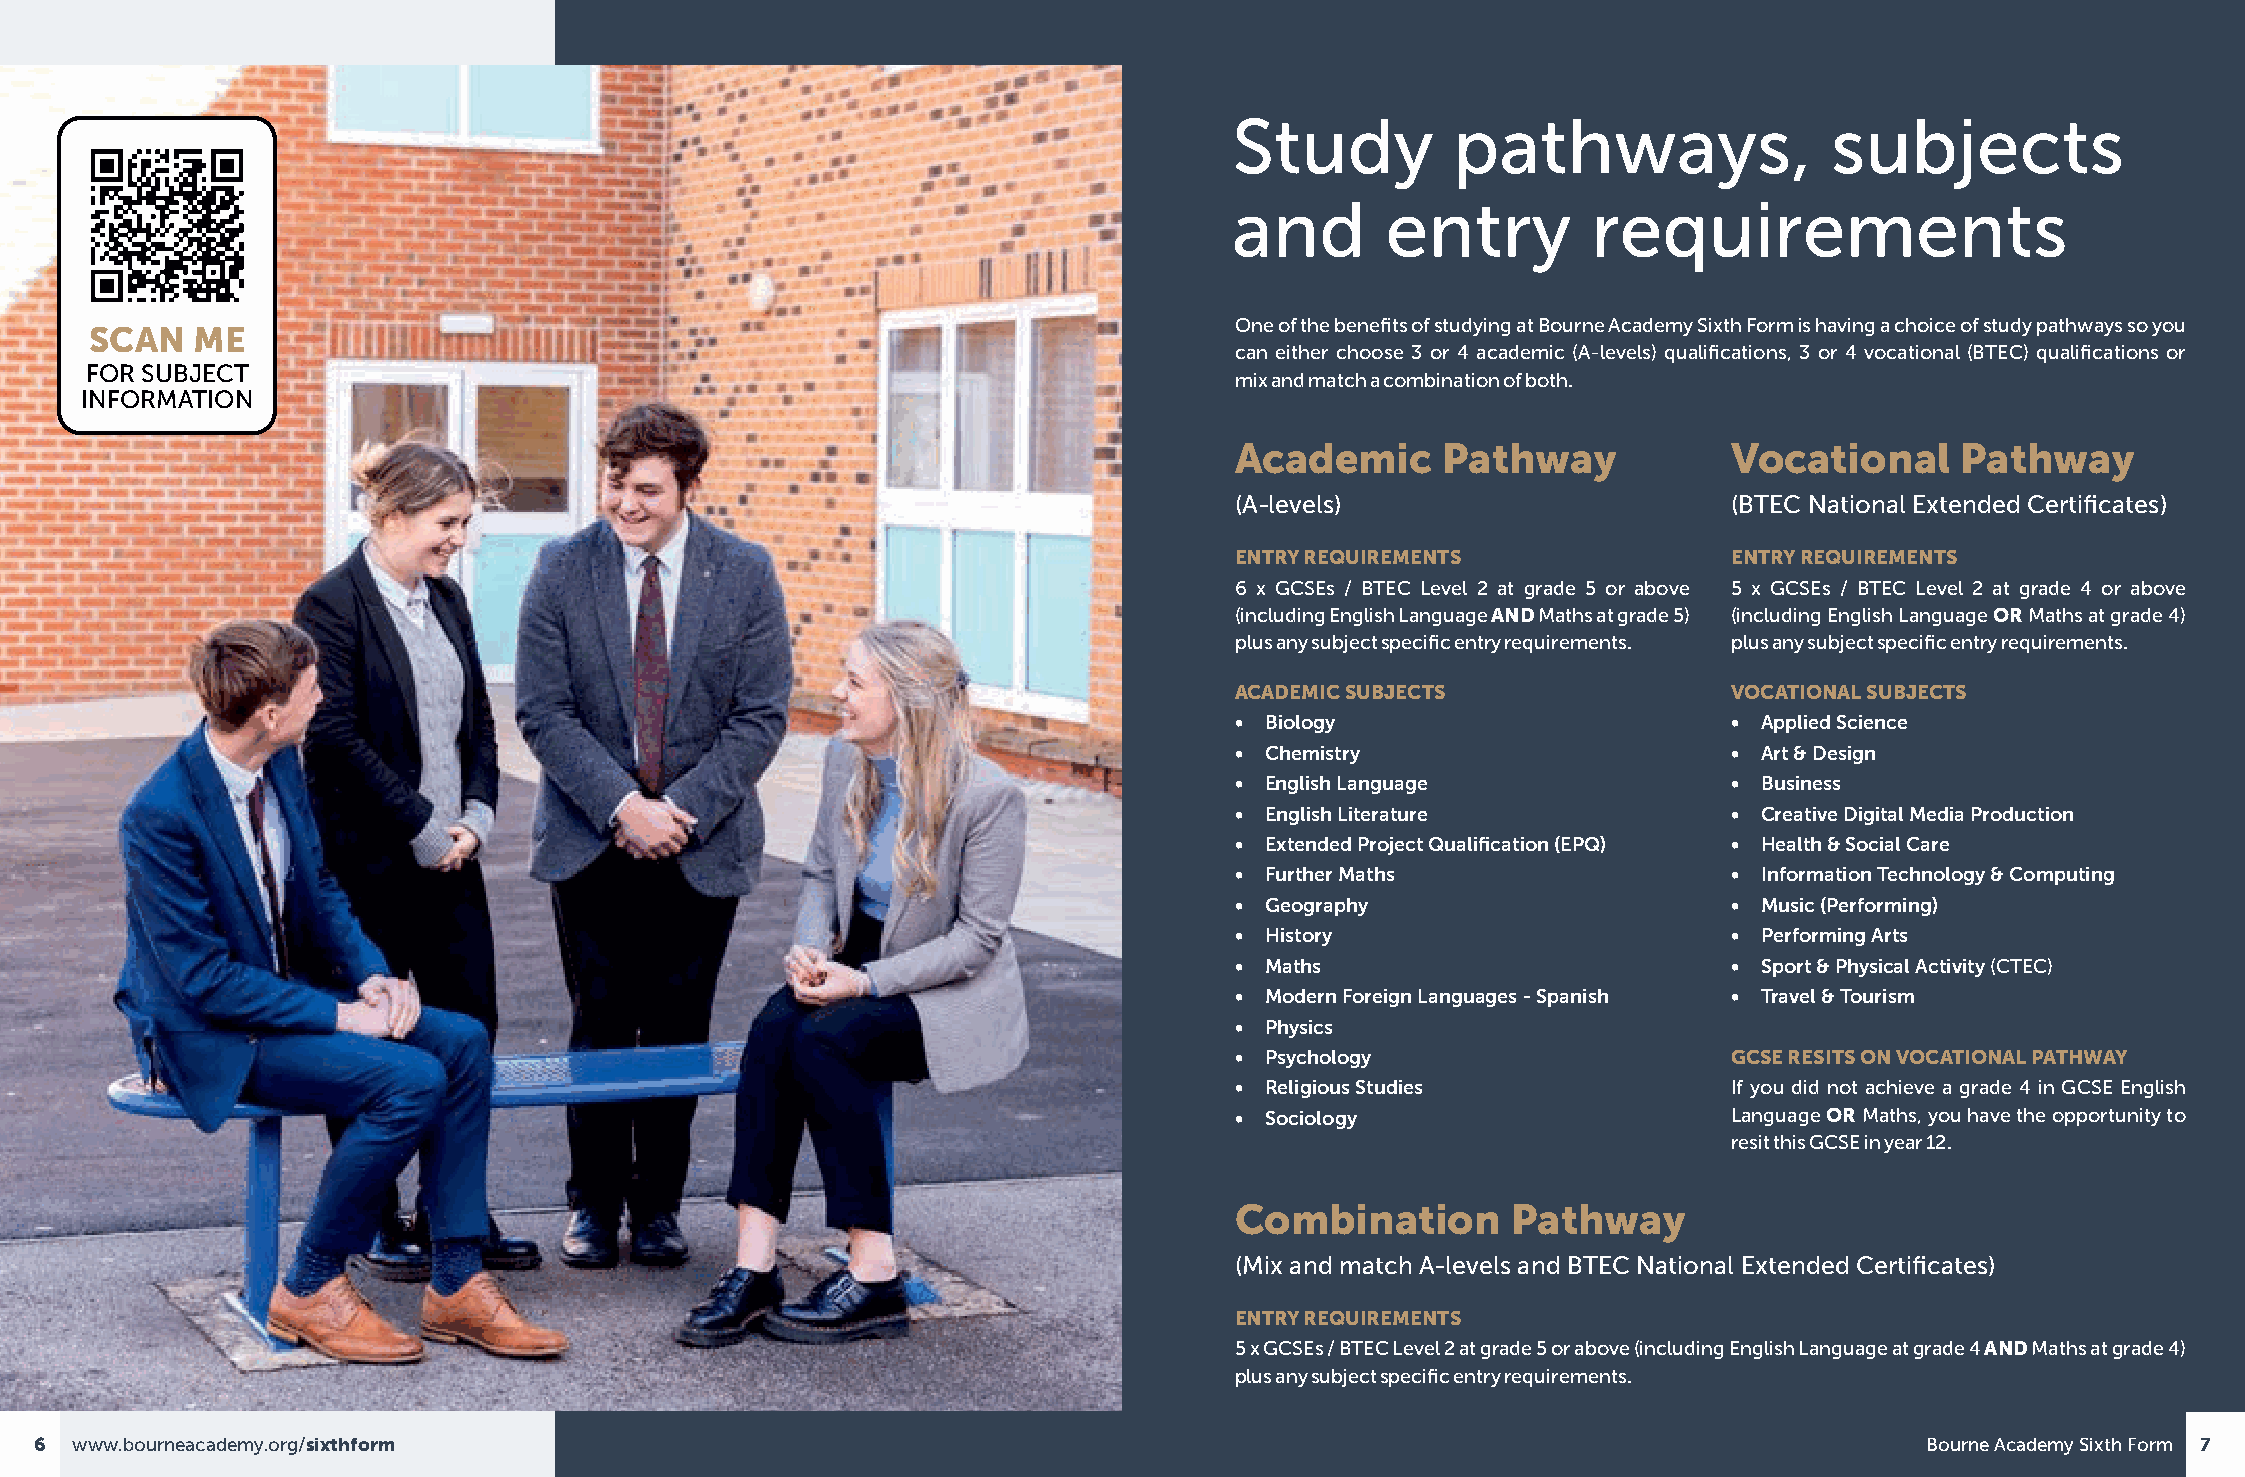
Study         pathways,                subjects
 and       entry        requirements
 One of the benefits of studying at Bourne Academy Sixth Form is having a choice of study pathways so you
 SCAN   ME
 can either choose 3 or 4 academic (A-levels) qualifications, 3 or 4 vocational (BTEC) qualifications or
 FOR SUBJECT
 mix and match a combination of both.
 INFORMATION
 Academic     Pathway             Vocational     Pathway
 (A-levels)                       (BTEC National Extended Certificates)
 ENTRY REQUIREMENTS               ENTRY REQUIREMENTS
 6 x GCSEs / BTEC Level 2 at grade 5 or above 5 x GCSEs / BTEC Level 2 at grade 4 or above
 (including English Language AND Maths at grade 5) (including English Language OR Maths at grade 4)
 plus any subject specific entry requirements. plus any subject specific entry requirements.
 ACADEMIC SUBJECTS                VOCATIONAL SUBJECTS
 • Biology                        • Applied Science
 • Chemistry                      • Art & Design
 • English Language               • Business
 • English Literature             • Creative Digital Media Production
 • Extended Project Qualification (EPQ) • Health & Social Care
 • Further Maths                  • Information Technology & Computing
 • Geography                      • Music (Performing)
 • History                        • Performing Arts
 • Maths                          • Sport & Physical Activity (CTEC)
 • Modern Foreign Languages - Spanish • Travel & Tourism
 • Physics
 • Psychology                     GCSE RESITS ON VOCATIONAL PATHWAY
 • Religious Studies              If you did not achieve a grade 4 in GCSE English
 • Sociology                      Language OR Maths, you have the opportunity to
 resit this GCSE in year 12.
 Combination       Pathway
 (Mix and match A-levels and BTEC National Extended Certificates)
 ENTRY REQUIREMENTS
 5 x GCSEs / BTEC Level 2 at grade 5 or above (including English Language at grade 4 AND Maths at grade 4)
 plus any subject specific entry requirements.
 6  www.bourneacademy.org/sixthform                                                                                           Bourne Academy Sixth Form 7